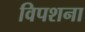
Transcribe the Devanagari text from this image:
विपशना